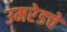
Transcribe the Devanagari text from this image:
उमरेडचे